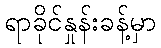
ရာခိုင်နှုန်းခန့်မှာ